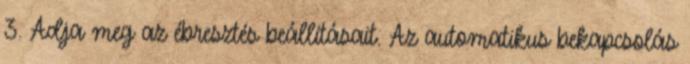
3. Adja meg az ébresztés beállításait. Az automatikus bekapcsolás